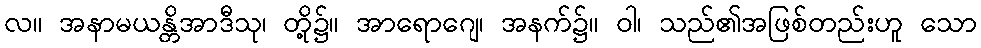
လ။ အနာမယန္တိအာဒီသု၊ တို့၌။ အာရောဂျေ၊ အနက်၌။ ဝါ၊ သည်၏အဖြစ်တည်းဟူ သော